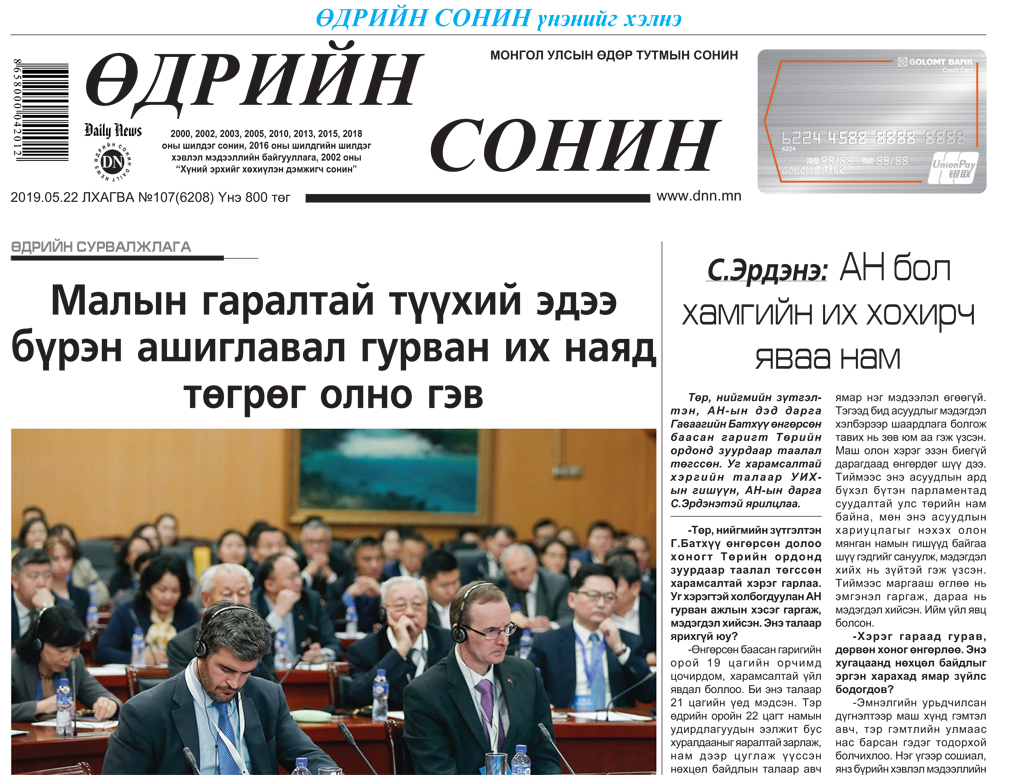
Language: mn